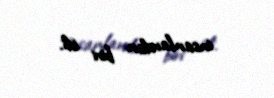
insanlardan biri idi.